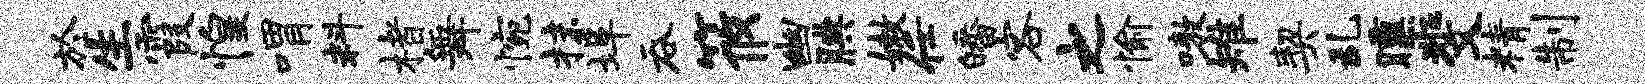
於生霞惶喟料楮舞惋抹埠吞筱幽腆嫩任皤客之愉嗷雉契乱曛斐精制